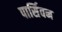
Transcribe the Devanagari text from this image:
पार्सिवन